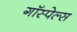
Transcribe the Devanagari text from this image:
गॉस्पेल्स